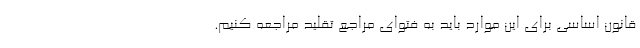
قانون اساسی برای این موارد باید به فتوای مراجع تقلید مراجعه کنیم.